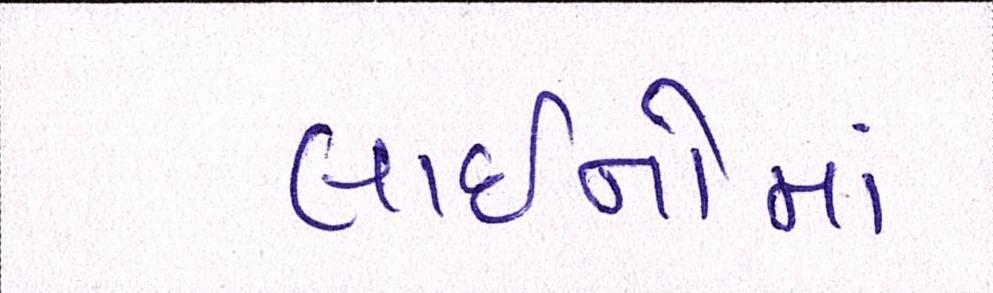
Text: લાઈનોમાં